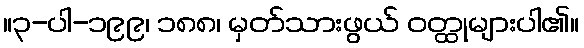
။၃-ပါ-၁၉၉၊ ၁၈၈၊ မှတ်သားဖွယ် ဝတ္ထုများပါ၏။